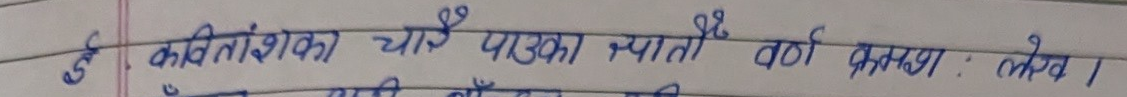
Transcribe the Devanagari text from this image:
हैं कवितांशका चारै पाउका स्याता वर्ण क्रमशः लेख ।